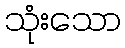
သုံးသော